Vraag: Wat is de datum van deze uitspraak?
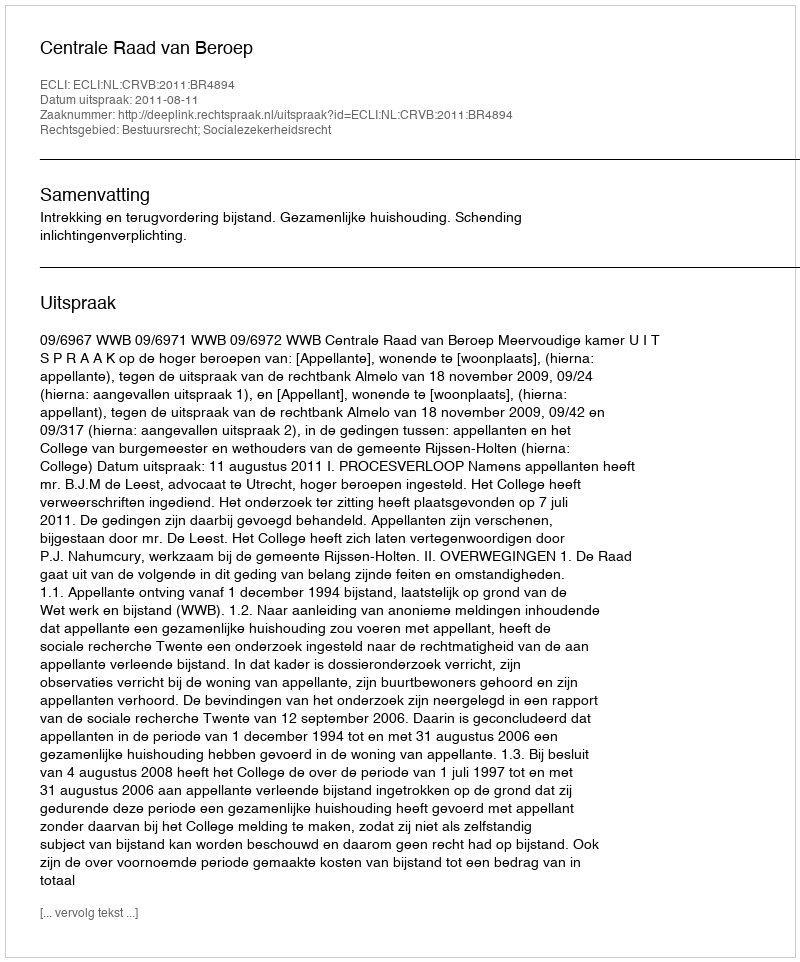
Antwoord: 2011-08-11